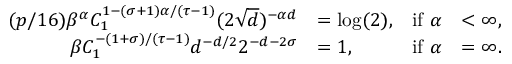
\begin{array} { r l r l } { ( p / 1 6 ) \beta ^ { \alpha } C _ { 1 } ^ { 1 - ( \sigma + 1 ) \alpha / ( \tau - 1 ) } ( 2 \sqrt { d } ) ^ { - \alpha d } } & { = \log ( 2 ) , } & { \mathrm { i f ~ } \alpha } & { < \infty , } \\ { \beta C _ { 1 } ^ { - ( 1 + \sigma ) / ( \tau - 1 ) } d ^ { - d / 2 } 2 ^ { - d - 2 \sigma } } & { = 1 , } & { \mathrm { i f ~ } \alpha } & { = \infty . } \end{array}